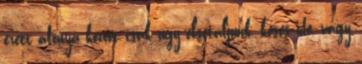
érett áfonya között csak úgy elsétáljunk, késes ide, vagy